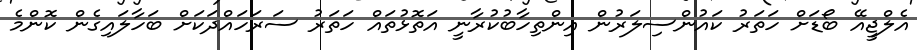
އެލްޖީއޭ ބޯޑަށް ހަތަރު ކައުންސިލަރުން އިންތިހާބުކުރާނީ އަތޮޅުތައް ހަތަރު ސަރަހައްދަކަށް ބަހާލައިގެން ކޮންމެ